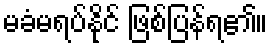
မခံမရပ်နိုင် ဖြစ်ပြန်ရ၏။